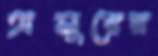
অসুরের